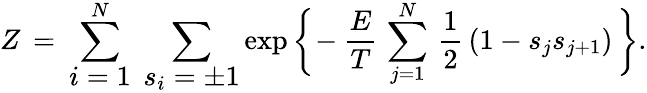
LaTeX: Z\, =\: \sum_{\textstyle i=1}^{N}\; \sum_{\textstyle s_{i}=\pm 1}\exp\left\lbrace\vphantom{\frac{A}{A}}\right.\! -\frac{E}{T}\, \sum_{j=1}^{N}\, \frac{1}{2}\, (1-s_{j}s_{j+1})\left.\vphantom{\frac{A}{A}}\right\rbrace.